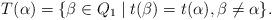
LaTeX: \begin{align*} T(\alpha)=\{\beta\in Q_{1}\;| \;t(\beta)=t(\alpha), \beta\neq\alpha\}.\end{align*}